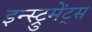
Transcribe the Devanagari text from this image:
इन्स्ट्रुमेंट्‌स